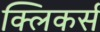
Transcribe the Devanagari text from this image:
क्लिकर्स